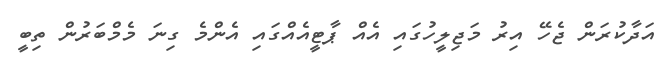
އަދާކުރަން ޖެހޭ އިރު މަޖިލީހުގައި އެއް ޕާޓީއެއްގައި އެންމެ ގިނަ މެމްބަރުން ތިބީ